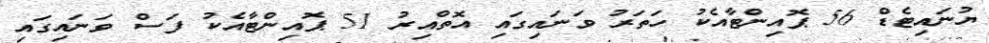
ޔުނައިޓެޑް 56 ޕޮއިންޓާއެކު ހަތަރު ވަނައިގައި އޮތްއިރު 51 ޕޮއިންޓާއެކު ފަސް ވަނައިގައި